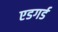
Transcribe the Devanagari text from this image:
एडगर्ड